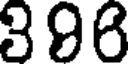
396